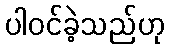
ပါဝင်ခဲ့သည်ဟု